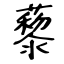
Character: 藜